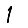
Digit: 1